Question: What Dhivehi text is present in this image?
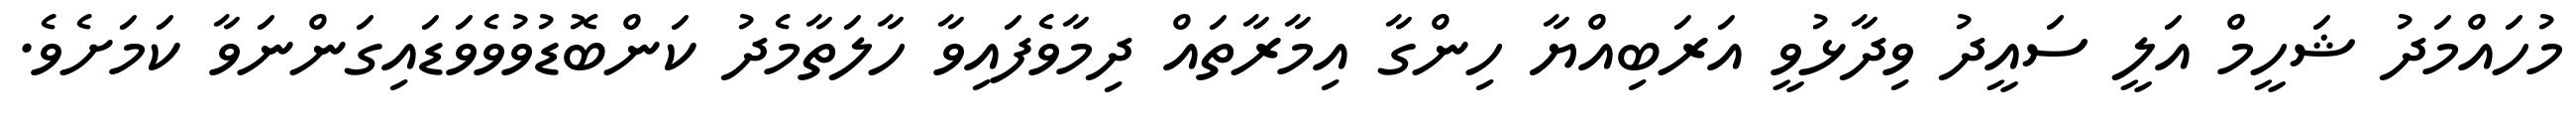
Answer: މުހައްމަދު ޝަހީމް އަލީ ސައީދު ވިދާޅުވީ އަރަބިއްޔާ ހިންގާ އިމާރާތައް ދިމާވެފައިވާ ހާލަތާމެދު ކަންބޮޑުވުވެވަޑައިގަންނަވާ ކަމަށެވެ.